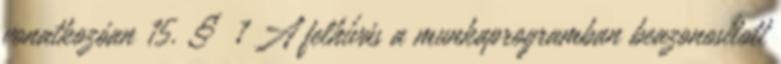
vonatkozóan 15. § 1 A felhívás a munkaprogramban beazonosított